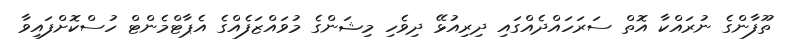
ތޫފާންގެ ނުރައްކާ އޮތް ސަރަހައްދެއްގައި ދިރިއުޅޭ ދިވެހި މިޝަންގެ މުވައްޒަފެއްގެ އެޕާޓްމެންޓް ހުސްކޮށްފައިވާ